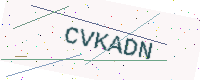
Text: CVKADN